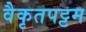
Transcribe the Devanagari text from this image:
वैकृतपट्टम